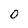
Character: 0